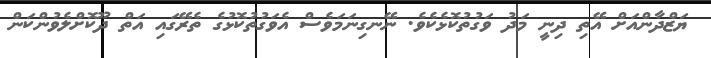
ޔަޒްދާންއަށް އޭތި ދިނީ މަދު ވަގުތުކޮޅެކެވެ. ނޭނގިނަމަވެސް އެވަގުތުކޮޅުގެ ތެރޭގައި އަތް ދޫކޮށްލެވުންކަން